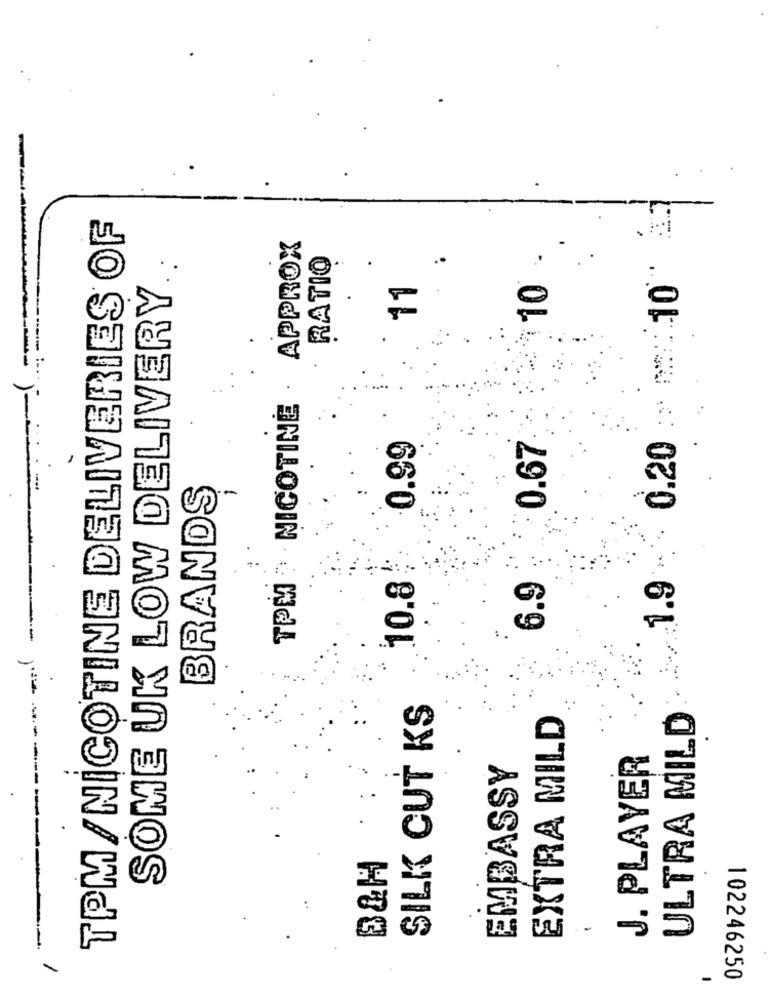
0.20 : 10
TPM/NICOTINE DELIVERIES OF
10 .
TPM " NICOTINE · APPROX
SOME UK LOW DELIVERY ..
RATIO
..
11
.
0.67
0.99
BRANDS
10.8
6.9
1.9
SILK CUT KS
ULTRA MILD
EXTRA MILD
-----
J. PLAYER
EMBASSY
B&H
102246250